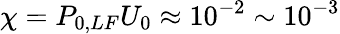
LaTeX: \chi=P_{0,LF}U_{0}\approx 10^{-2}\sim 10^{-3}